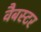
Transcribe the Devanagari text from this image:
वैबस्टर